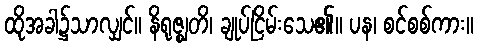
ထိုအခါ၌သာလျှင်။ နိရုဇ္ဈတိ၊ ချုပ်ငြိမ်းသေ၏။ ပန၊ စင်စစ်ကား။